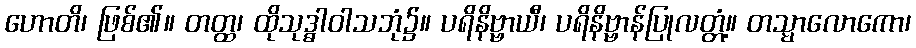
ဟောတိ၊ ဖြစ်၏။ တတ္ထ၊ ထိုသုဒ္ဓါဝါသဘုံ၌။ ပရိနိဗ္ဗာယီ၊ ပရိနိဗ္ဗာန်ပြုလတ္တံ့။ တသ္မာလောကော၊